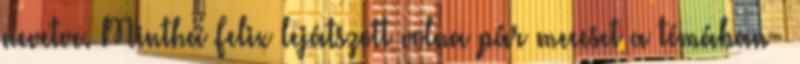
nevetve. Mintha Felix lejátszott volna pár meccset a témában-